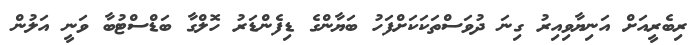
ރިބެރީއަށް އަނިޔާވިއިރު ގިނަ ދުވަސްތަކަކަށްފަހު ބަޔާންގެ ޑިފެންޑަރު ހޮލްގާ ބަޑްސްޓުބާ ވަނީ އަލުން